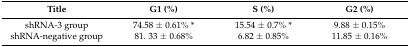
<table><thead><tr><td><b>Title</b></td><td><b>G1 (%)</b></td><td><b>S (%)</b></td><td><b>G2 (%)</b></td></tr></thead><tbody><tr><td>shRNA-3 group</td><td>74.58 ± 0.61% *</td><td>15.54 ± 0.7% *</td><td>9.88 ± 0.15%</td></tr><tr><td>shRNA-negative group</td><td>81. 33 ± 0.68%</td><td>6.82 ± 0.85%</td><td>11.85 ± 0.16%</td></tr></tbody></table>